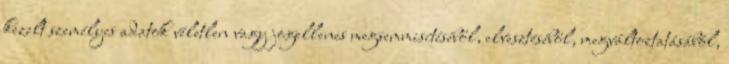
kezelt személyes adatok véletlen vagy jogellenes megsemmisítéséből, elvesztéséből, megváltoztatásából,